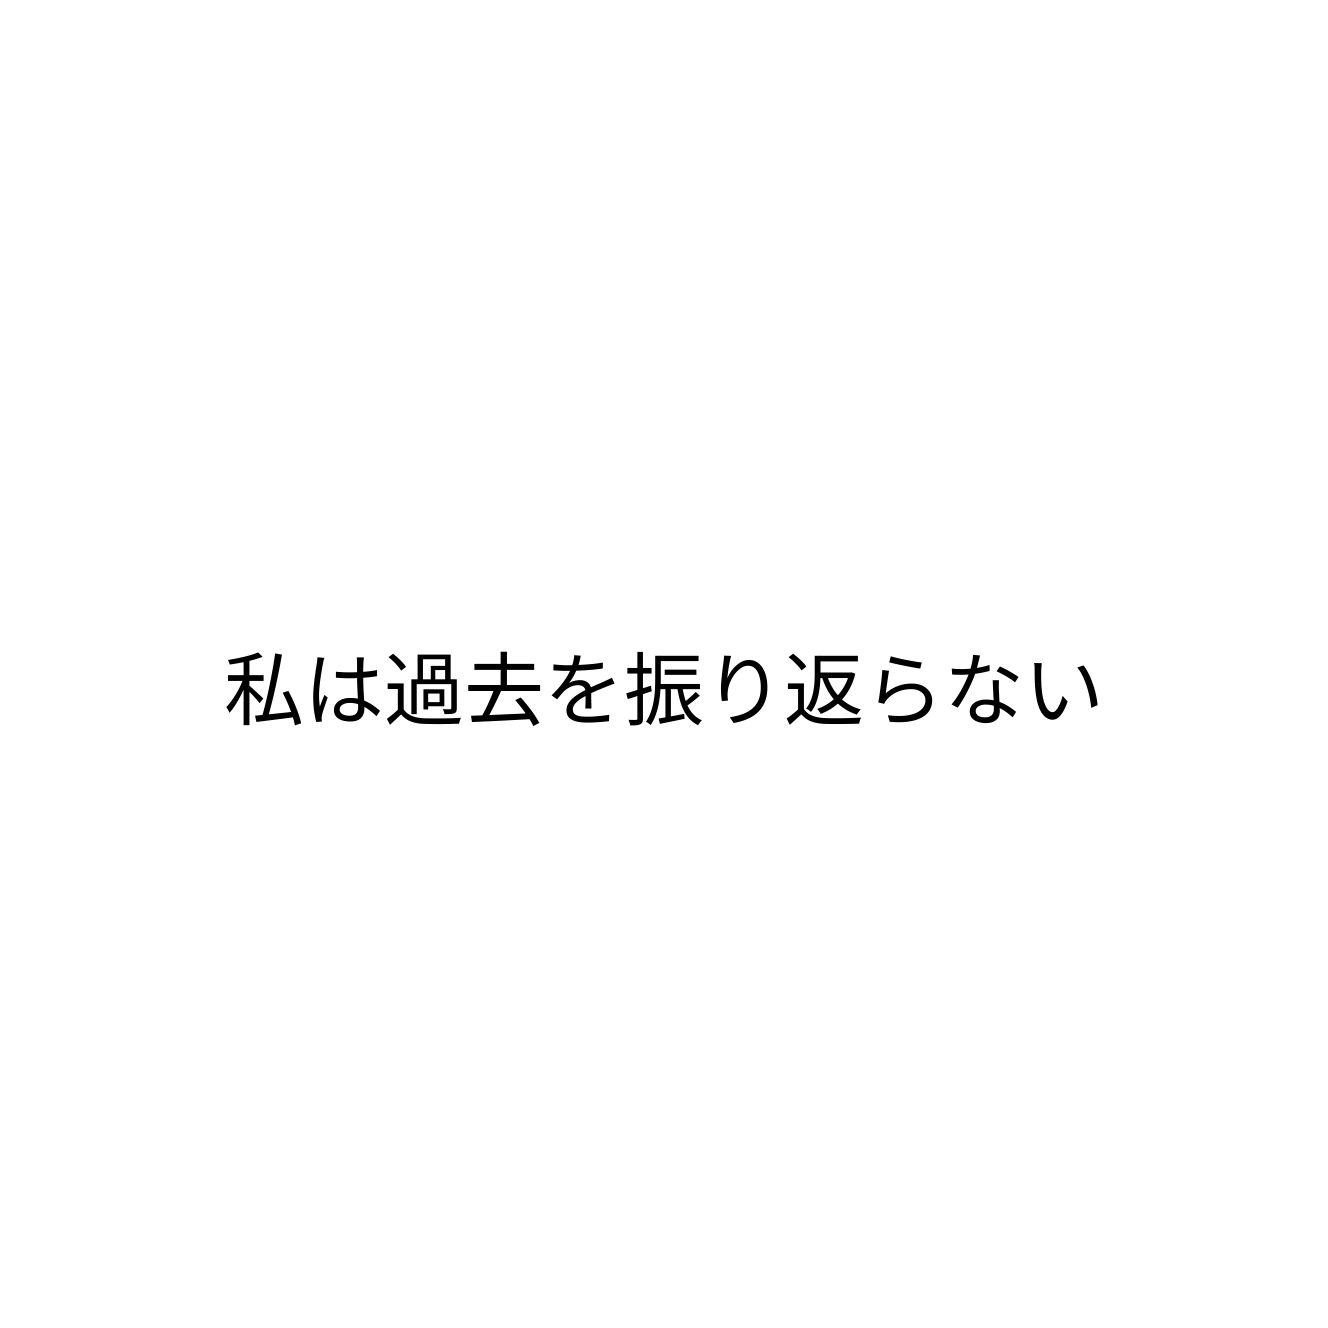
私は過去を振り返らない